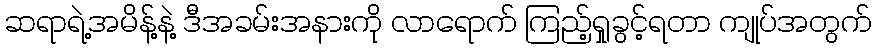
ဆရာရဲ့အမိန့်နဲ့ ဒီအခမ်းအနားကို လာရောက် ကြည့်ရှုခွင့်ရတာ ကျုပ်အတွက်